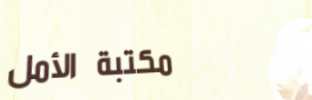
مكتبة الأمل